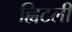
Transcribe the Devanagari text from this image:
ह्विटली